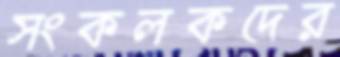
সংকলকদের